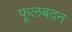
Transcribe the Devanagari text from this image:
फूलबदन